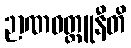
ဉာဏဝတ္ထူနီတိ